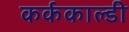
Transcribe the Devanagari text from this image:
कर्ककाल्डी